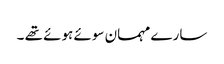
سارے مہمان سوئے ہوئے تھے ۔